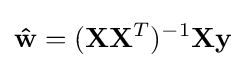
{\mathbf {\hat {w}} }=({\mathbf {X} }{\mathbf {X} }^{T})^{-1}{\mathbf {X} }{\mathbf {y} }